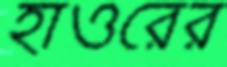
হাওরের